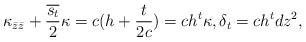
LaTeX: \begin{align*}\kappa_{\bar{z}\bar{z}} + \frac{\overline{s_t}}{2} \kappa = c(h+ \frac{t}{2c}) = ch^t \kappa, \delta_t = ch^t dz^2, \end{align*}